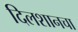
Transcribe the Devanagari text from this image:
दिलशानचा